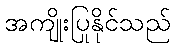
အကျိုးပြုနိုင်သည်